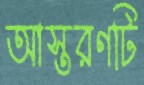
আস্তরণটি